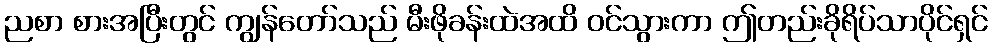
ညစာ စားအပြီးတွင် ကျွန်တော်သည် မီးဖိုခန်းထဲအထိ ဝင်သွားကာ ဤတည်းခိုရိပ်သာပိုင်ရှင်